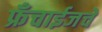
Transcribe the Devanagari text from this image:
फ्रँचाईजचे